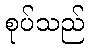
စုပ်သည်